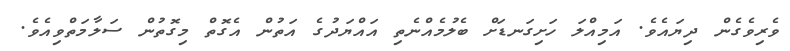
ވެރިވެގެން ދިޔައެވެ. އަމިއްލަ ހަށިގަނޑަށް ބެލުމެއްނެތި އައްޔަދުގެ އަތުން އެގޮތް މިގޮތުން ސަލާމަތްވިއެވެ.